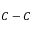
C - C